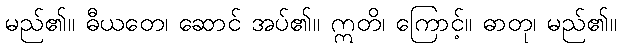
မည်၏။ ဓီယတေ၊ ဆောင် အပ်၏။ ဣတိ၊ ကြောင့်။ ဓာတု၊ မည်၏။